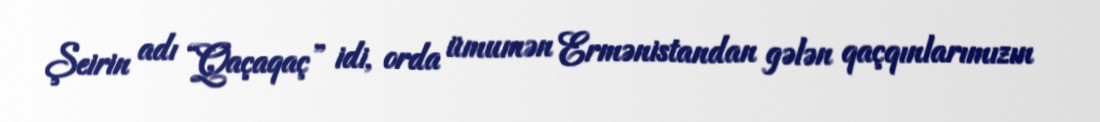
Şeirin adı “Qaçaqaç” idi, orda ümumən Ermənistandan gələn qaçqınlarımızın